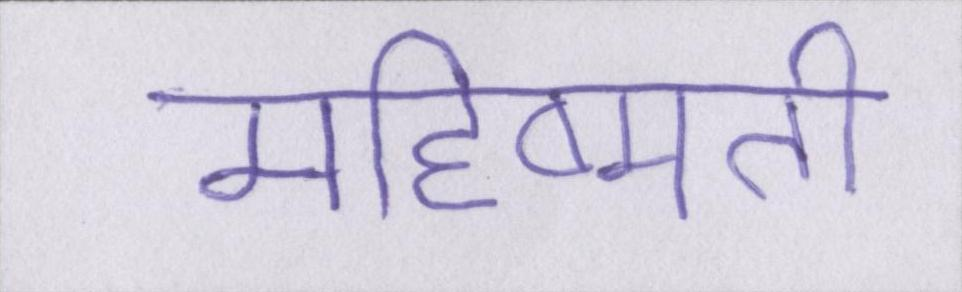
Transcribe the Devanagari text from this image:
महिष्मती